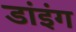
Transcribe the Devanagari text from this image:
डांइंग